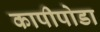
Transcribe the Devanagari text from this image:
कापीपोडा